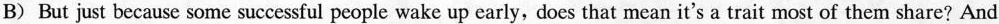
B) But just because some successful people wake up early, does that mean it's a trait most of them share? And